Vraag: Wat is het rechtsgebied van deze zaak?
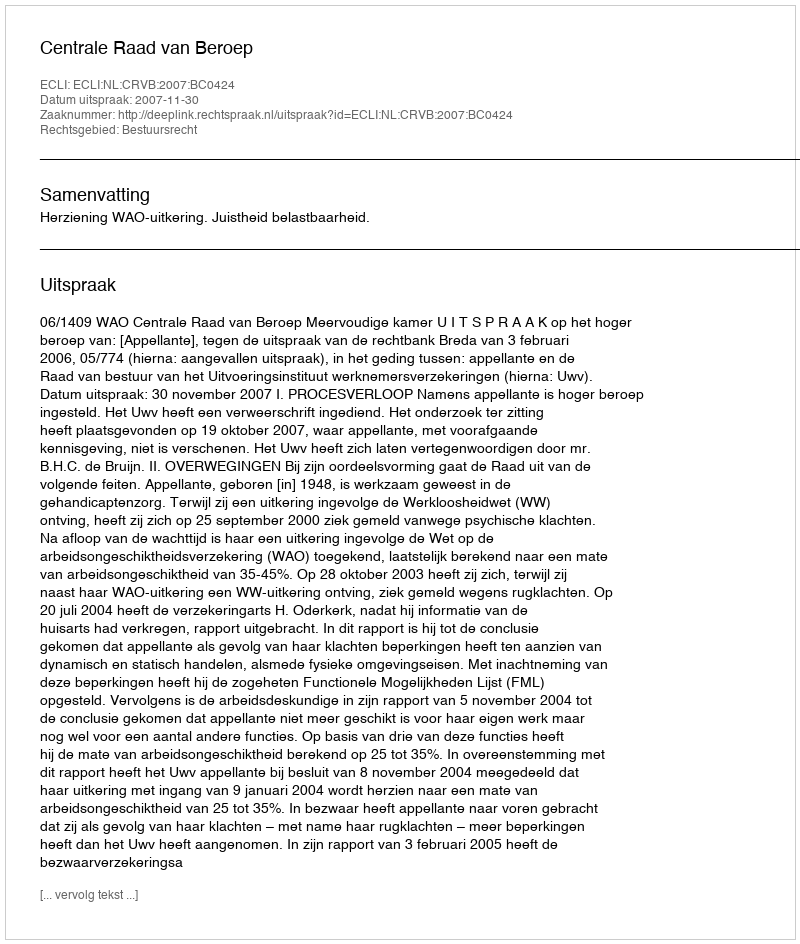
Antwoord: Bestuursrecht